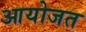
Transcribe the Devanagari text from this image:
आयोजत